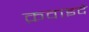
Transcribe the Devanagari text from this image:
क़वाइदे